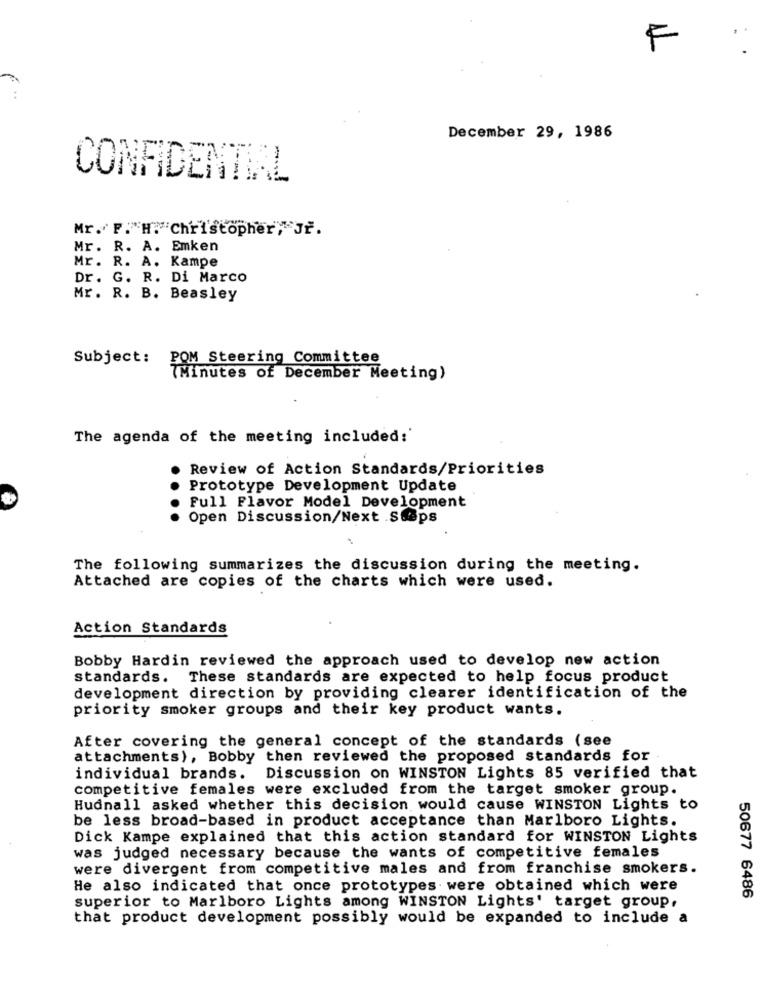
F
December 29, 1986
CONFIDENTIAL
Mr. P. H. Christopher; JF.
Mr. R. A. Emken
Mr. R. A. Kampe
Dr. G. R. Di Marco
Mr. R. B. Beasley
Subject:
POM Steering Committee
(Minutes of December Meeting)
The agenda of the meeting included:'
Review of Action Standards/Priorities
Prototype Development Update
Full Flavor Model Development
Open Discussion/Next Steps
The following summarizes the discussion during the meeting.
Attached are copies of the charts which were used.
Action Standards
Bobby Hardin reviewed the approach used to develop new action
standards. These standards are expected to help focus product
development direction by providing clearer identification of the
priority smoker groups and their key product wants.
After covering the general concept of the standards (see
attachments), Bobby then reviewed the proposed standards for
individual brands.
Discussion on WINSTON Lights 85 verified that
competitive females were excluded from the target smoker group.
Hudnall asked whether this decision would cause WINSTON Lights to
be less broad-based in product acceptance than Marlboro Lights.
Dick Kampe explained that this action standard for WINSTON Lights
was judged necessary because the wants of competitive females
were divergent from competitive males and from franchise smokers.
He also indicated that once prototypes were obtained which were
50677 6486
superior to Marlboro Lights among WINSTON Lights' target group,
that product development possibly would be expanded to include a